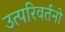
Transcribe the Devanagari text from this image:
उत्परिवर्तनो